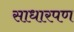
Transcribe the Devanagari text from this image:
साधारपण